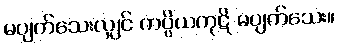
မပျက်သေးလျှင် ကပ္ပိယကုဋိ မပျက်သေး။